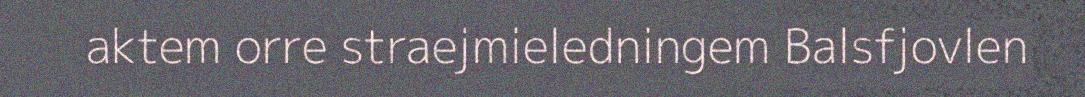
aktem orre straejmieledningem Balsfjovlen